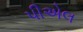
પીએલ